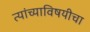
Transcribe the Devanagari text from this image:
त्यांच्याविषयीचा